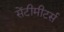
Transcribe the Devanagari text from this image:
सेंटीमीटर्स